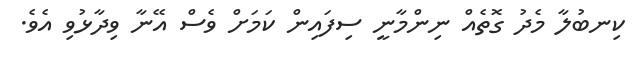
ކިނބުލާ މެދު ގޮތެއް ނިންމާނީ ސިފައިން ކަމަށް ވެސް އޭނާ ވިދާޅުވި އެވެ.